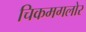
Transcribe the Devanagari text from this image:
चिकमगलोर